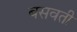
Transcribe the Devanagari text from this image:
बसवती